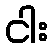
ငါး